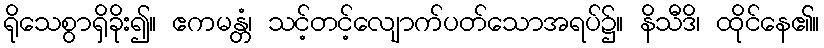
ရိုသေစွာရှိခိုး၍။ ဧကမန္တံ၊ သင့်တင့်လျောက်ပတ်သောအရပ်၌။ နိသီဒိ၊ ထိုင်နေ၏။